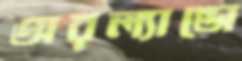
অরল্যান্ডো